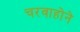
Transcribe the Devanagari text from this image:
चरवाहोने